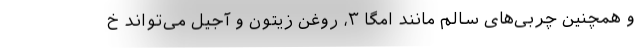
و همچنین چربی‌های سالم مانند امگا ۳، روغن زیتون و آجیل می‌تواند خ